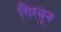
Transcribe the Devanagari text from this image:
गिरवून